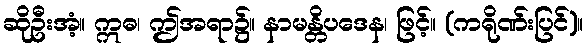
ဆိုဦးအံ့။ ဣဓ၊ ဤအရာ၌။ နာမန္တိပဒေန၊ ဖြင့်။ (ကရိုဏ်းပြင်)။